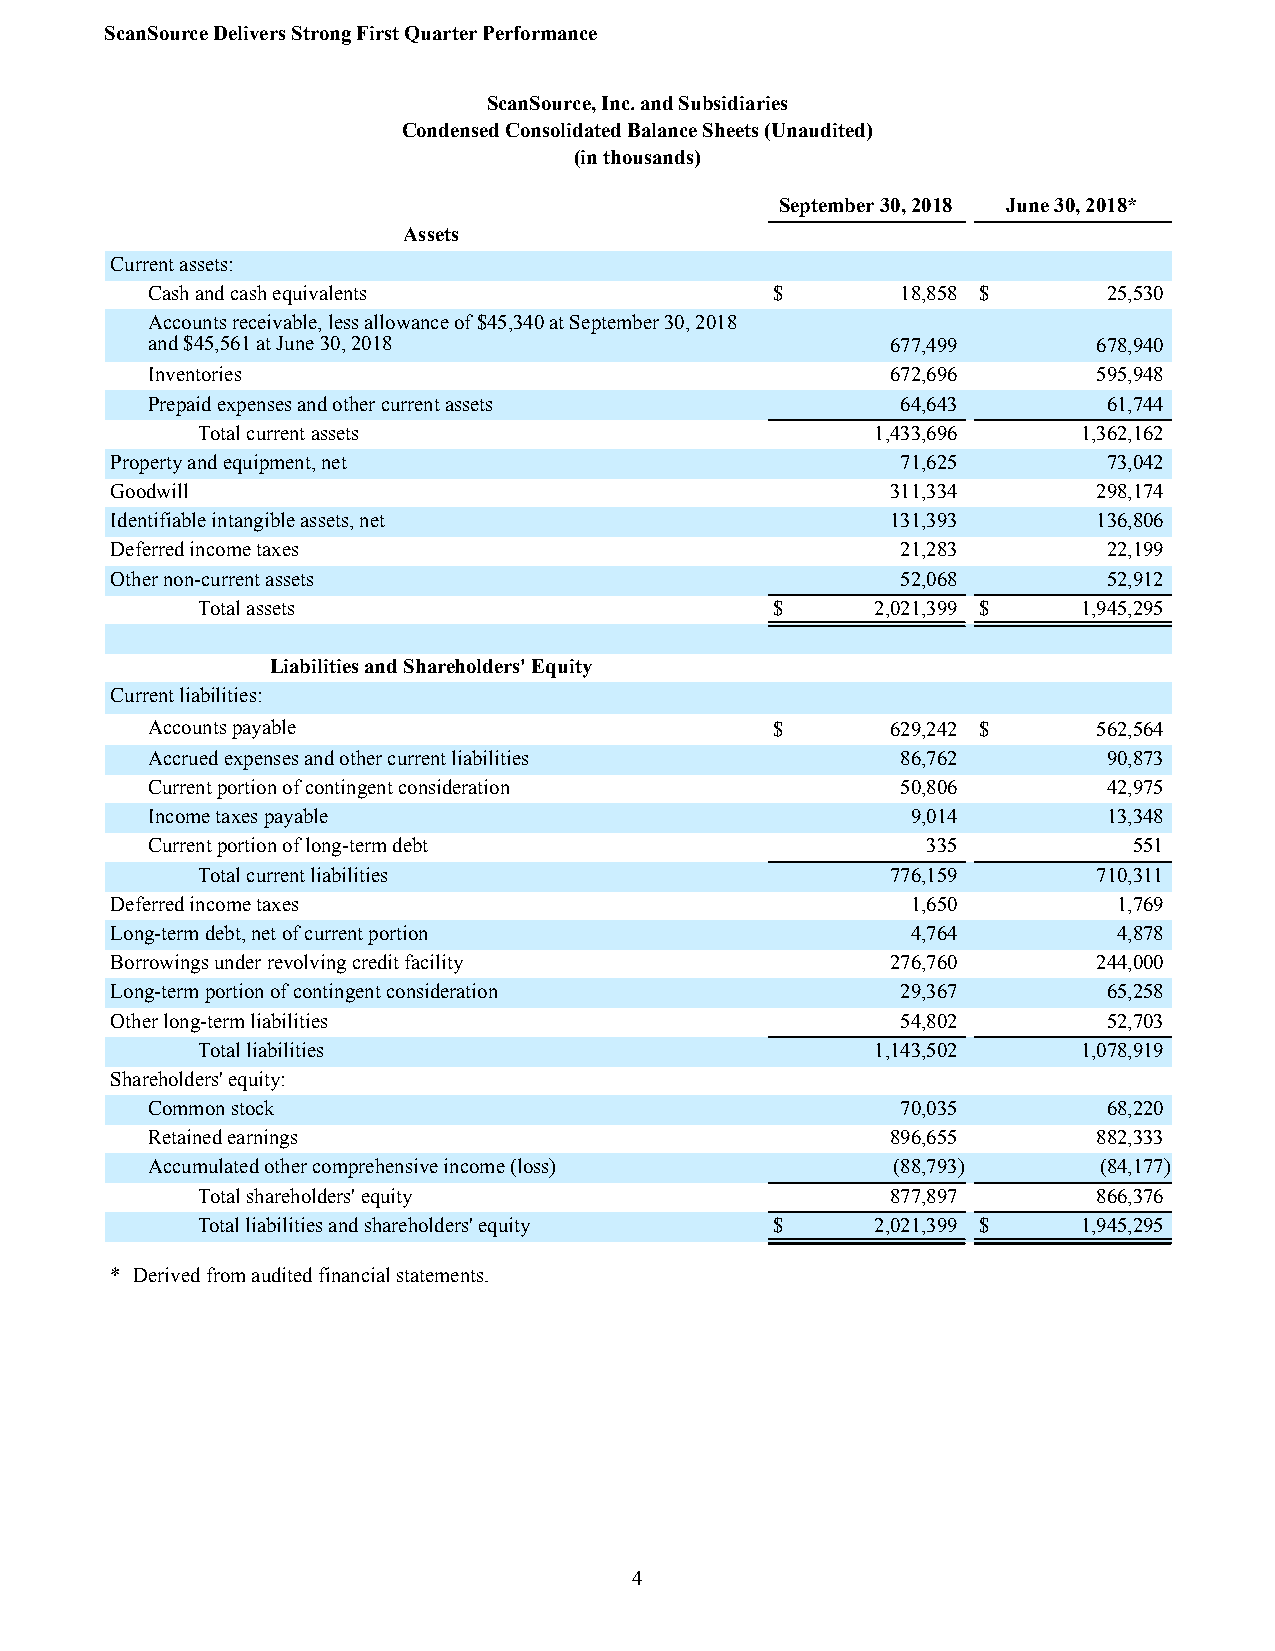
ScanSource Delivers Strong First Quarter Performance
 ScanSource, Inc. and Subsidiaries
 Condensed Consolidated Balance Sheets (Unaudited)
 (in thousands)
 September 30, 2018 June 30, 2018*
 Assets
 Current assets:
 Cash and cash equivalents                $        18,858 $     25,530
 Accounts receivable, less allowance of $45,340 at September 30, 2018
 and $45,561 at June 30, 2018                     677,499       678,940
 Inventories                                      672,696       595,948
 Prepaid expenses and other current assets         64,643       61,744
 Total current assets                         1,433,696     1,362,162
 Property and equipment, net                          71,625       73,042
 Goodwill                                            311,334       298,174
 Identifiable intangible assets, net                 131,393       136,806
 Deferred income taxes                                21,283       22,199
 Other non-current assets                             52,068       52,912
 Total assets                          $      2,021,399 $   1,945,295
 Liabilities and Shareholders' Equity
 Current liabilities:
 Accounts payable                         $       629,242 $     562,564
 Accrued expenses and other current liabilities    86,762       90,873
 Current portion of contingent consideration       50,806       42,975
 Income taxes payable                              9,014        13,348
 Current portion of long-term debt                  335           551
 Total current liabilities                     776,159       710,311
 Deferred income taxes                                1,650         1,769
 Long-term debt, net of current portion               4,764         4,878
 Borrowings under revolving credit facility          276,760       244,000
 Long-term portion of contingent consideration        29,367       65,258
 Other long-term liabilities                          54,802       52,703
 Total liabilities                            1,143,502     1,078,919
 Shareholders' equity:
 Common stock                                      70,035       68,220
 Retained earnings                                896,655       882,333
 Accumulated other comprehensive income (loss)    (88,793)      (84,177)
 Total shareholders' equity                    877,897       866,376
 Total liabilities and shareholders' equity $ 2,021,399 $   1,945,295
 * Derived from audited financial statements.
 4